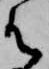
御